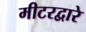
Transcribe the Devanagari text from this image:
मीटरद्वारे